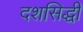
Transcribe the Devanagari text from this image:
दशसिद्धी